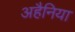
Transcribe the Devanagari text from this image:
अहैनिया